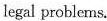
legal problems.